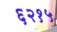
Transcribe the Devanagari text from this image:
६२१५